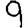
Digit: 9